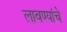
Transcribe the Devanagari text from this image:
लावण्यांचे